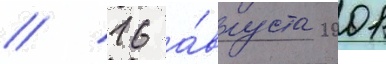
// 16 а́вгуста 2001